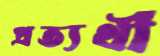
প্রত্যর্থী